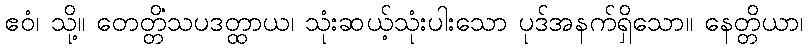
ဧဝံ၊ သို့။ တေတ္တိံသပဒတ္ထာယ၊ သုံးဆယ့်သုံးပါးသော ပုဒ်အနက်ရှိသော။ နေတ္တိယာ၊